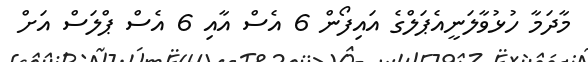
މާދަމާ ހުޅުވާލަނީއެޕަލްގެ އައިފޯން 6 އެސް އާއި 6 އެސް ޕްލަސް އަށް